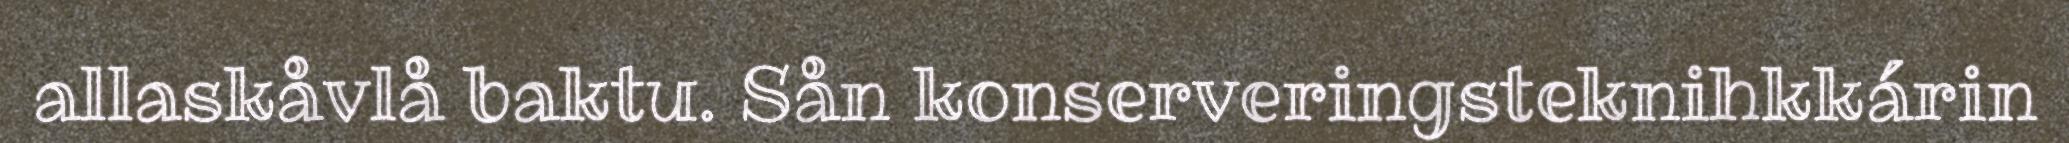
allaskåvlå baktu. Sån konserveringsteknihkkárin